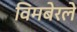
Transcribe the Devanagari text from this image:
विमबेरले